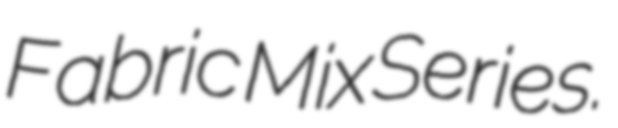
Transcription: Fabric Mix Series.